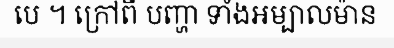
បេ ។ ក្រៅពី បញ្ហា ទាំងអម្បាលម៉ាន